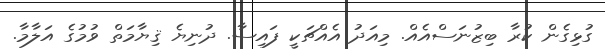
ގުޅިގެން ކުރާ ބިޒުނަސްއެއް. މިއަދު އެއްޗަކީ ފައިސާ. ދުނިޔެ ޤިޔާމަތް ވުމުގެ އަލާމާ.